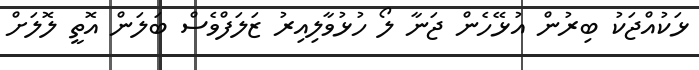
ޅަކުއްޖަކު ބިރުން އުޅޭހެން ޖަނާ ލޯ ހުޅުވާލިއިރު ޒަލަފްވެސް ބަލަން އޮތީ ލޮލަށް